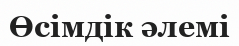
Өсімдік әлемі